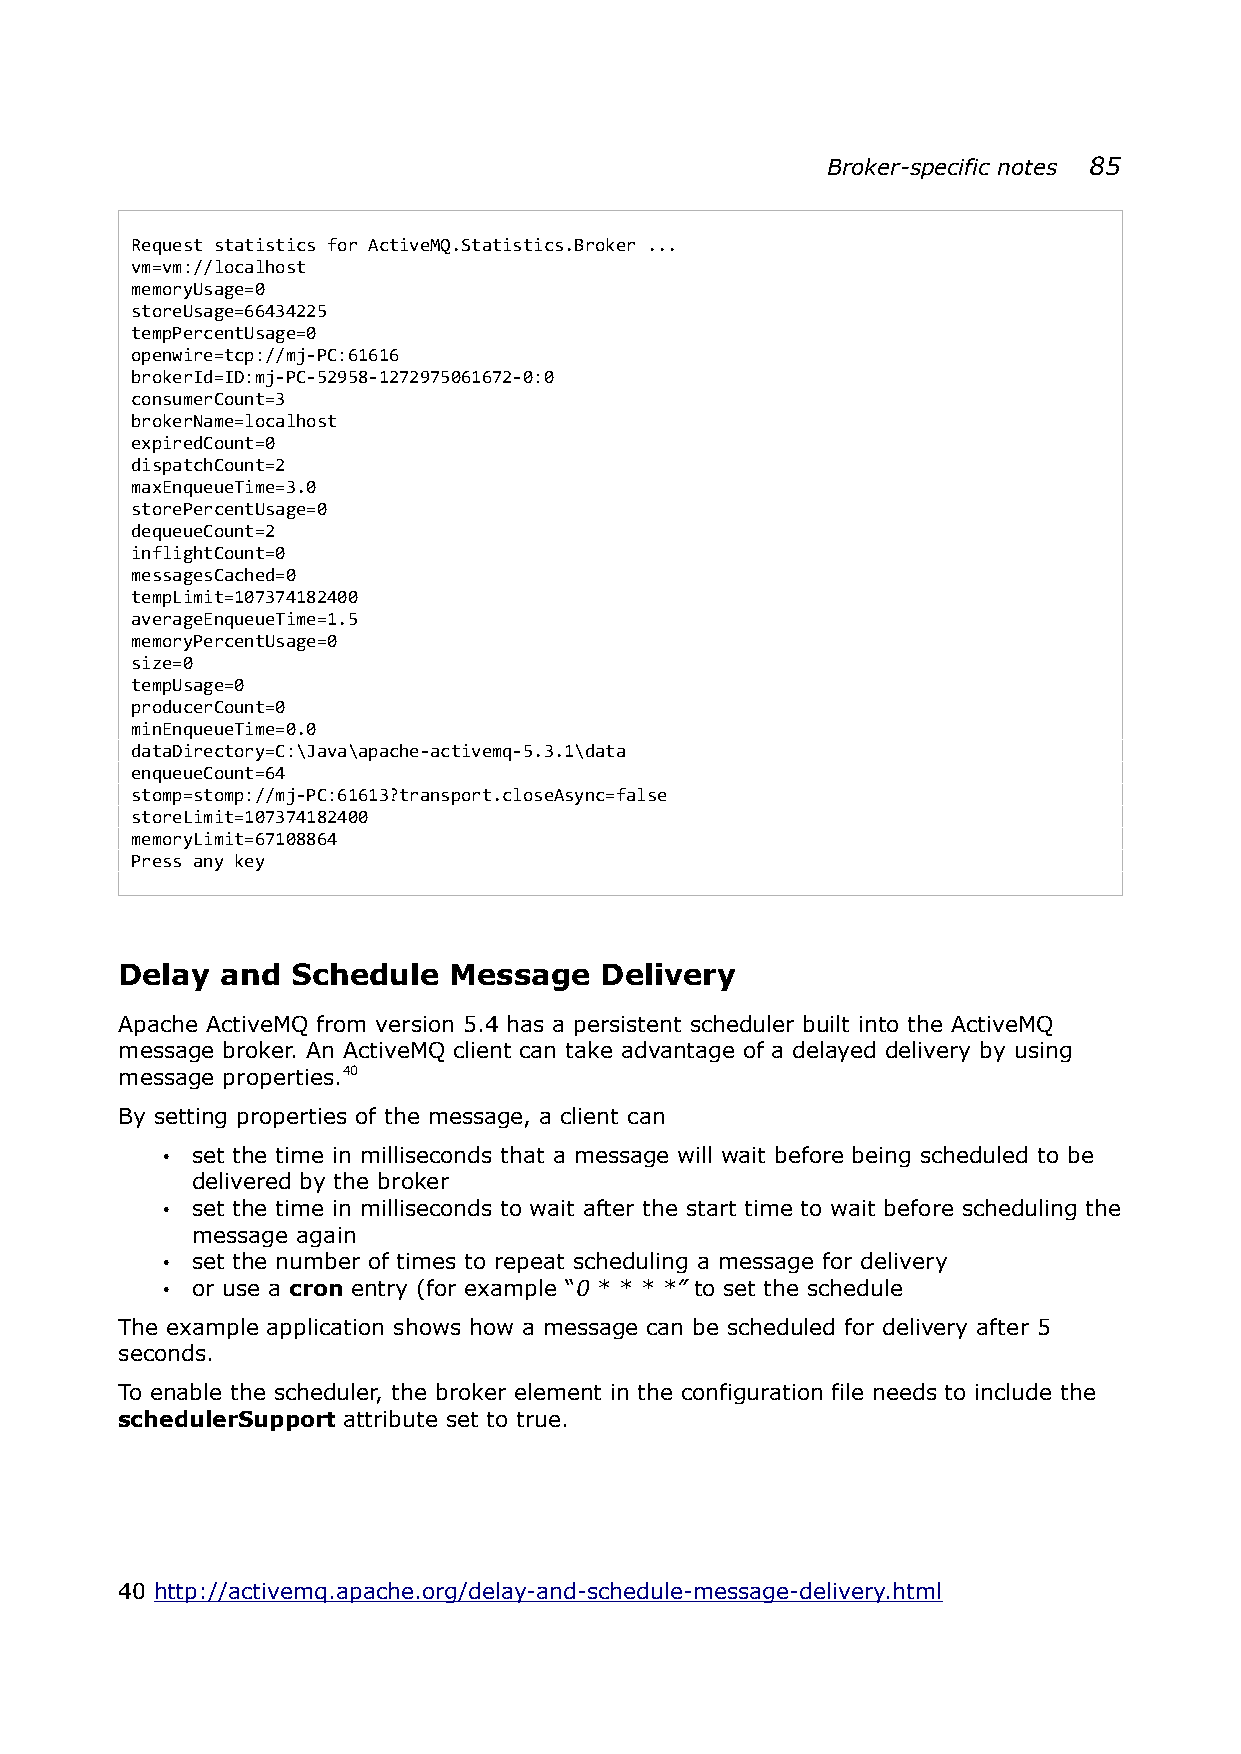
Broker-specific notes 85
 Request statistics for ActiveMQ.Statistics.Broker ...
 vm=vm://localhost
 memoryUsage=0
 storeUsage=66434225
 tempPercentUsage=0
 openwire=tcp://mj-PC:61616
 brokerId=ID:mj-PC-52958-1272975061672-0:0
 consumerCount=3
 brokerName=localhost
 expiredCount=0
 dispatchCount=2
 maxEnqueueTime=3.0
 storePercentUsage=0
 dequeueCount=2
 inflightCount=0
 messagesCached=0
 tempLimit=107374182400
 averageEnqueueTime=1.5
 memoryPercentUsage=0
 size=0
 tempUsage=0
 producerCount=0
 minEnqueueTime=0.0
 dataDirectory=C:\Java\apache-activemq-5.3.1\data
 enqueueCount=64
 stomp=stomp://mj-PC:61613?transport.closeAsync=false
 storeLimit=107374182400
 memoryLimit=67108864
 Press any key
 Delay  and Schedule   Message   Delivery
 Apache ActiveMQ from version 5.4 has a persistent scheduler built into the ActiveMQ
 message broker. An ActiveMQ client can take advantage of a delayed delivery by using
 message properties.40
 By setting properties of the message, a client can
 • set the time in milliseconds that a message will wait before being scheduled to be
 delivered by the broker
 • set the time in milliseconds to wait after the start time to wait before scheduling the
 message again
 • set the number of times to repeat scheduling a message for delivery
 • or use a cron entry (for example “0 * * * *” to set the schedule
 The example application shows how a message can be scheduled for delivery after 5
 seconds.
 To enable the scheduler, the broker element in the configuration file needs to include the
 schedulerSupport attribute set to true.
 40 http://activemq.apache.org/delay-and-schedule-message-delivery.html